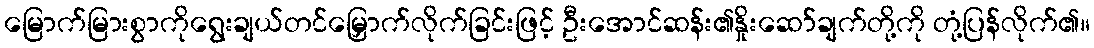
မြောက်မြားစွာကိုရွေးချယ်တင်မြှောက်လိုက်ခြင်းဖြင့် ဦးအောင်ဆန်း၏နှိုးဆော်ချက်တို့ကို တုံ့ပြန်လိုက်၏။